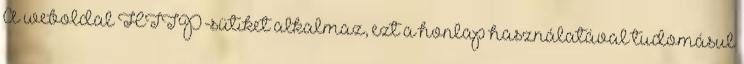
A weboldal HTTP-sütiket alkalmaz, ezt a honlap használatával tudomásul